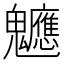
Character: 𮫪